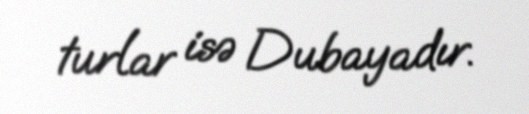
turlar isə Dubayadır.